Notes on the propagation and cultivation of the medicinal cinchonas, or Peruvian bark trees
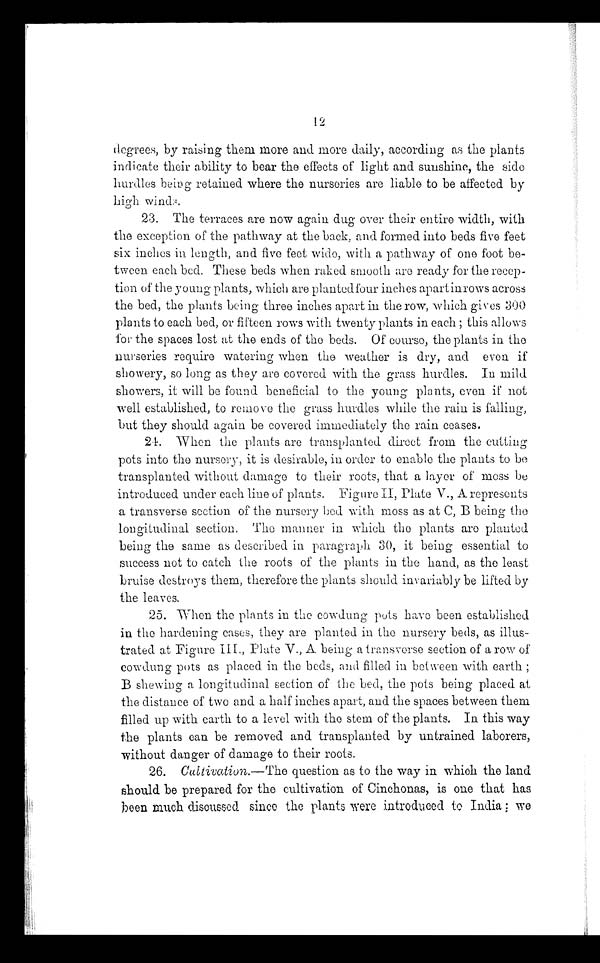
12
degrees, by raising them more and more daily, according as the plants
indicate their ability to bear the effects of light and sunshine, the side
hurdles being retained where the nurseries are liable to be affected by
high winds.
23. The terraces are now again dug over their entire width, with
the exception of the pathway at the back, and formed into beds five feet
six inches in length, and five feet wide, with a pathway of one foot be-
tween each bed. These beds when raked smooth are ready for the recep-
tion of the young plants, which are planted four inches apart in rows across
the bed, the plants being three inches apart in the row, which gives 300
plants to each bed, or fifteen rows with twenty plants in each ; this allows
for the spaces lost at the ends of the beds. Of course, the plants in the
nurseries require watering when the weather is dry, and even if
showery, so long as they are covered with the grass hurdles. In mild
showers, it will be found beneficial to the young plants, even if not
well established, to remove the grass hurdles while the rain is falling,
but they should again be covered immediately the rain ceases.
24. When the plants are transplanted direct from the cutting
pots into the nursery, it is desirable, in order to enable the plants to be
transplanted without damage to their roots, that a layer of moss be
introduced under each line of plants. Figure II, Plate V., A represents
a transverse section of the nursery bed with moss as at C, B being the
longitudinal section. The manner in which the plants are planted
being the same as described in paragraph 30, it being essential to
success not to catch the roots of the plants in the hand, as the least
bruise destroys them, therefore the plants should invariably be lifted by
the leaves.
25. When the plants in the cowdung pots have been established
in the hardening cases, they are planted in the nursery beds, as illus-
trated at Figure III., Plate V., A being a transverse section of a row of
cowdung pots as placed in the beds, and filled in between with earth ;
B shewing a longitudinal section of the bed, the pots being placed at
the distance of two and a half inches apart, and the spaces between them
filled up with earth to a level with the stem of the plants. In this way
the plants can be removed and transplanted by untrained laborers,
without danger of damage to their roots.
26. Cultivation. —The question as to the way in which the land
should be prepared for the cultivation of Cinchonas, is one that has
been much discussed since the plants were introduced to India ; we